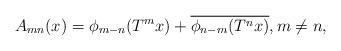
LaTeX: \begin{align*}A_{mn}(x)=\phi_{m-n}(T^{m}x)+\overline{\phi_{n-m}(T^{n}x)},m\neq n,\end{align*}